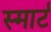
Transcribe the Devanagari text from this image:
स्‍मार्ट